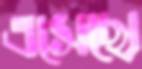
এসেছো